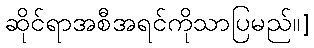
ဆိုင်ရာအစီအရင်ကိုသာပြမည်၊၊]